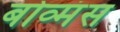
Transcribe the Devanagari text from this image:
बोव्मंस